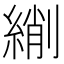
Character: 䌃